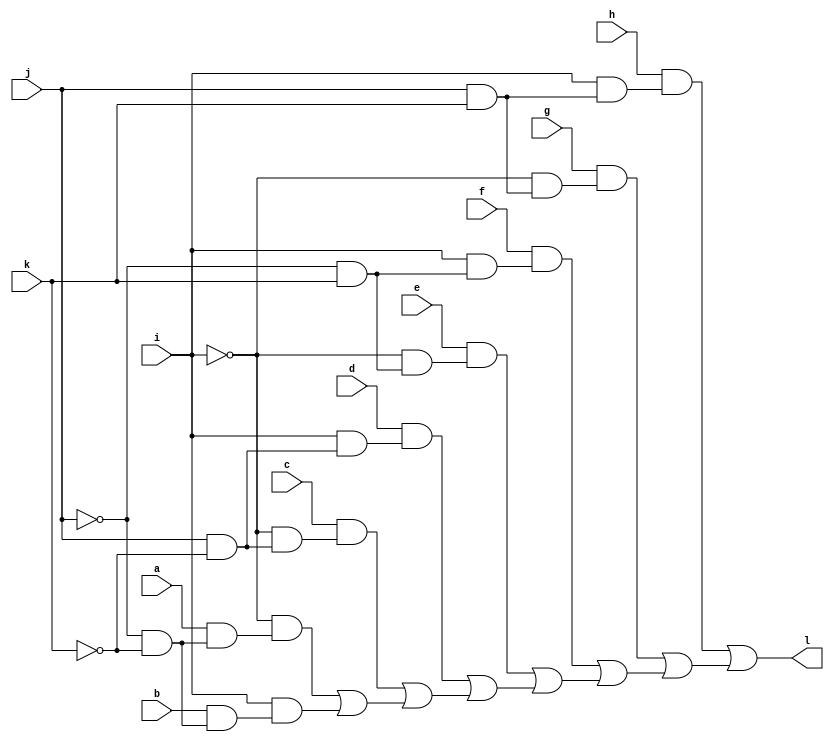
// IWLS benchmark module "mux_cl" printed on Wed May 29 16:07:20 2002
module mux_cl(a, b, c, d, e, f, g, h, i, j, k, l);
input
  a,
  b,
  c,
  d,
  e,
  f,
  g,
  h,
  i,
  j,
  k;
output
  l;
wire
  \[0] ;
assign
  l = \[0] ,
  \[0]  = (h & (i & (j & k))) | ((g & (~i & (j & k))) | ((f & (i & (~j & k))) | ((e & (~i & (~j & k))) | ((d & (i & (j & ~k))) | ((c & (~i & (j & ~k))) | ((~i & (a & (~j & ~k))) | (i & (b & (~j & ~k)))))))));
endmodule